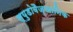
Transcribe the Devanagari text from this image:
स्युडोवैज्ञानिक